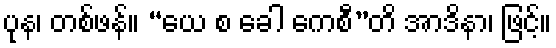
ပုန၊ တစ်ဖန်။ “ယေ စ ခေါ ကေစီ”တိ အာဒိနာ၊ ဖြင့်။